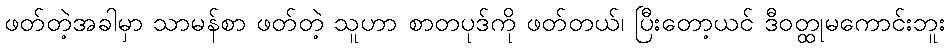
ဖတ်တဲ့အခါမှာ သာမန်စာ ဖတ်တဲ့ သူဟာ စာတပုဒ်ကို ဖတ်တယ်၊ ပြီးတော့ယင် ဒီဝတ္ထုမကောင်းဘူး